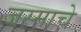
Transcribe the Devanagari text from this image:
जस्माचे